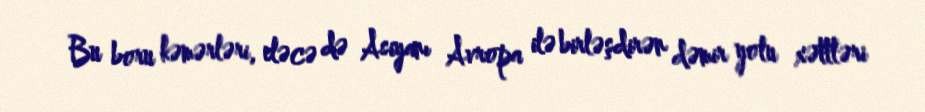
Bu boru kəmərləri, eləcə də Asiyanı Avropa ilə birləşdirən dəmir yolu xəttləri